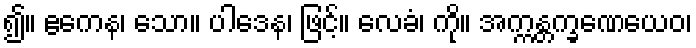
၍။ ဧကေန၊ သော။ ပါဒေန၊ ဖြင့်။ လေခံ၊ ကို။ အက္ကန္တက္ခဏေယေဝ၊